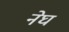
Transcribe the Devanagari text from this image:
नेघ